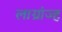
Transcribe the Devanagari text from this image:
लाग्रांज्ह